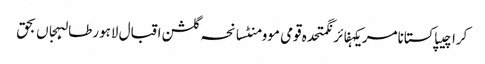
کراچیپاکستانامریکہفائرنگمتحدہ قومی موومنٹسانحہ گلشن اقبال لاہورطالبہجاں بحق